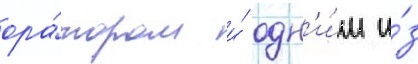
ора́тором и́ одн'и́м и́з